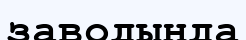
заводында